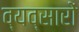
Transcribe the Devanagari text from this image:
व्यव्सारों